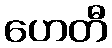
ဟေတီ